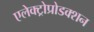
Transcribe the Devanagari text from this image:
एलेक्ट्रोप्रोडक्शन